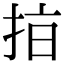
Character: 𢫾